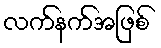
လက်နက်အဖြစ်